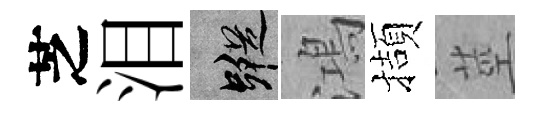
芝泪蹤鴻擷莖